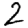
Digit: 2